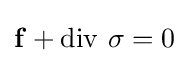
\mathbf {f} +\operatorname {div} \,\sigma =0